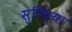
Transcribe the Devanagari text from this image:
सुरिच्या